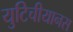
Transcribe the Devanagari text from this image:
युटिचीयानस